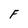
Character: F